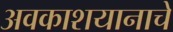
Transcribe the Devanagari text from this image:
अवकाशयानाचे